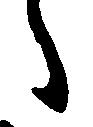
ゝ